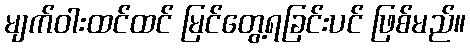
မျက်ဝါးထင်ထင် မြင်တွေ့ရခြင်းပင် ဖြစ်မည်။